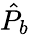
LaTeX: \hat{P}_{b}